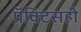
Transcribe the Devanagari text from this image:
प्रॅक्टिसही